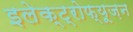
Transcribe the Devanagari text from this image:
इलेक्ट्रोफ्यूज़न